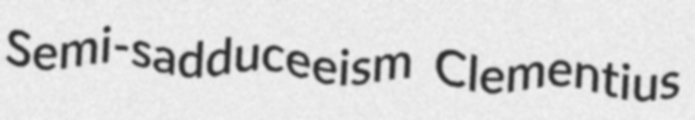
Semi-sadduceeism Clementius